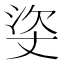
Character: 𰛳